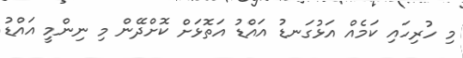
މި ހުރިހައި ކަމެއް އަޅުގަނޑު އައްޑު އަތޮޅަށް ކޮށްދޭން މި ނިންމީ އައްޑު